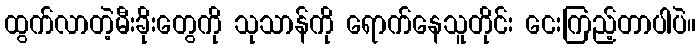
ထွက်လာတဲ့မီးခိုးတွေကို သုသာန်ကို ရောက်နေသူတိုင်း ငေးကြည့်တာပါပဲ။